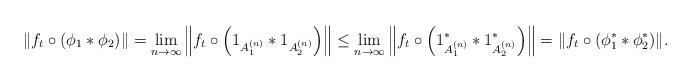
LaTeX: \begin{align*} \| f_t \circ ( \phi_1 * \phi_2 ) \| = \lim_{n \to \infty} \left\| f_t \circ \left( 1_{A_1^{(n)}} * 1_{A_2^{(n)}} \right) \right\| \leq \lim_{n \to \infty} \left\| f_t \circ \left( 1_{A_1^{(n)}}^* * 1_{A_2^{(n)}}^* \right) \right\| = \| f_t \circ ( \phi_1^* * \phi_2^* ) \|. \end{align*}